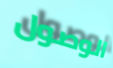
الوصول